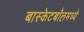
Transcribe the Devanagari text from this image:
बास्केटबॉलमध्ये